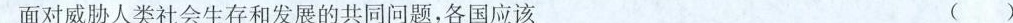
面对威胁人类社会生存和发展的共同问题，各国应该 ()